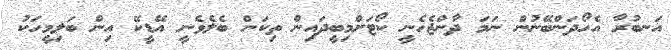
އަނބުރާ އެހޯދަންބޭނުން ނަމަ ދާންޖެހެނީ ކޯޓަށްމިބީދައިން ތިކަން ބެލެވެނީ އޭޑީކޭ އިން ބަލިމީހަކު